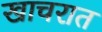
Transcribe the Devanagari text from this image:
खाचरात